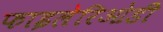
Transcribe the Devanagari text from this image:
फाइलेरिओडी